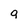
Character: 9